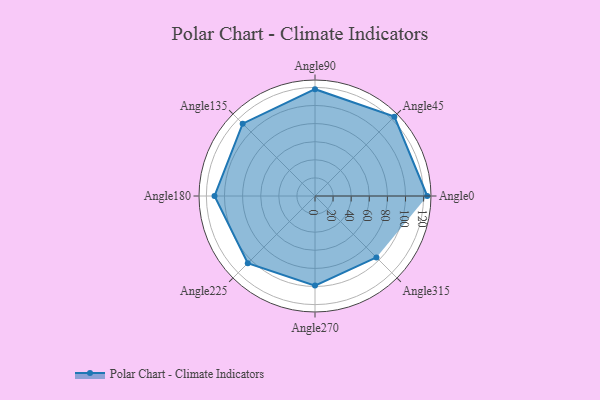
{"axis": {"x": "Angle", "y": "Radius"}, "legend": [""], "data": [{"x": "Angle0", "y": 124.0, "type": ""}, {"x": "Angle45", "y": 124.0, "type": ""}, {"x": "Angle90", "y": 118.0, "type": ""}, {"x": "Angle135", "y": 113.0, "type": ""}, {"x": "Angle180", "y": 111.0, "type": ""}, {"x": "Angle225", "y": 105.0, "type": ""}, {"x": "Angle270", "y": 99.0, "type": ""}, {"x": "Angle315", "y": 96.0, "type": ""}]}